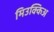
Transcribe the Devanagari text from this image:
मिउक्किअ